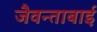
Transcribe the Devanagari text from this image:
जैवन्ताबाई